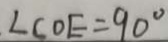
\angle C O E = 9 0 ^ { \circ }